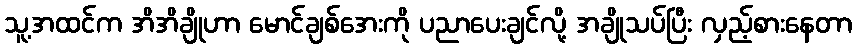
သူ့အထင်က အိအိချိုဟာ မောင်ချစ်အေးကို ပညာပေးချင်လို့ အချိုသပ်ပြီး လှည့်စားနေတာ